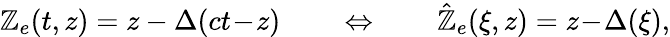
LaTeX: \mathbb{Z}_{e}(t,z)=z-\Delta(ct\! -\! z)\qquad\Leftrightarrow\qquad\hat{{\mathbb{Z}}}_{e}(\xi,z)=z\! -\! \Delta(\xi),